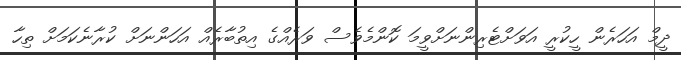
ދީމް އަހަރެން ހީކުރީ އަވަށްޓެރިންނަށްވީމަ ކޮންމެވެސް ވަރެއްގެ އިތުބާރެއް އަހަންނަށް ކުރާނެކަމަށް ތިހާ